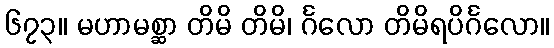
၆၇၃။ မဟာမစ္ဆာ တိမိ တိမိ၊ င်္ဂလော တိမိရပိင်္ဂလော။